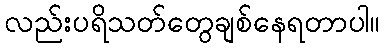
လည်းပရိသတ်တွေချစ်နေရတာပါ။